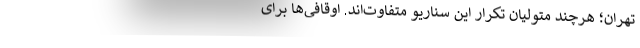
تهران؛ هرچند متولیانِ تکرارِ این سناریو متفاوت‌اند. اوقافی‌ها برای